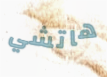
هاتشي